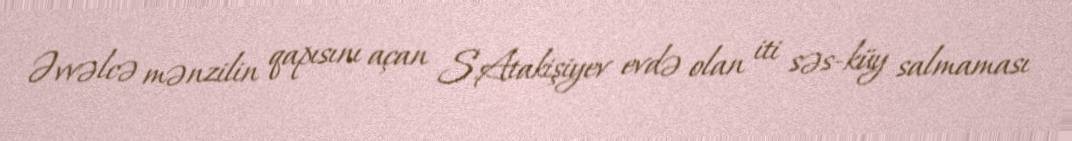
Əvvəlcə mənzilin qapısını açan S.Atakişiyev evdə olan iti səs-küy salmaması